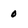
Character: 0